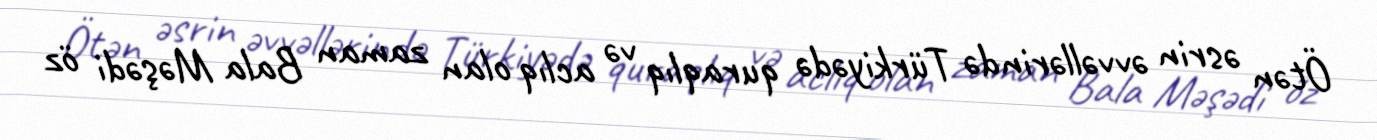
Ötən əsrin əvvəllərində Türkiyədə quraqlıq və aclıq olan zaman Bala Məşədi öz